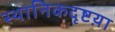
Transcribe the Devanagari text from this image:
स्थानिकदृष्टय़ा